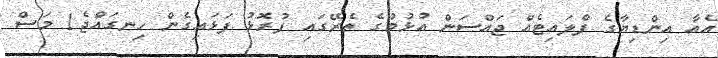
އެއާ އިންޑިޔާގެ ފްލައިޓެއް ޖައްސަން އުޅުމުގެ ތެރޭގައި ފުރޮޅު ފަޅައިގެން ހިނގައްޖެ1 މަސް